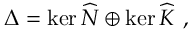
\Delta = \ker \widehat { N } \oplus \ker \widehat { K } ~ ,